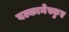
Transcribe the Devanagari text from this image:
बल्कानेस्कुए